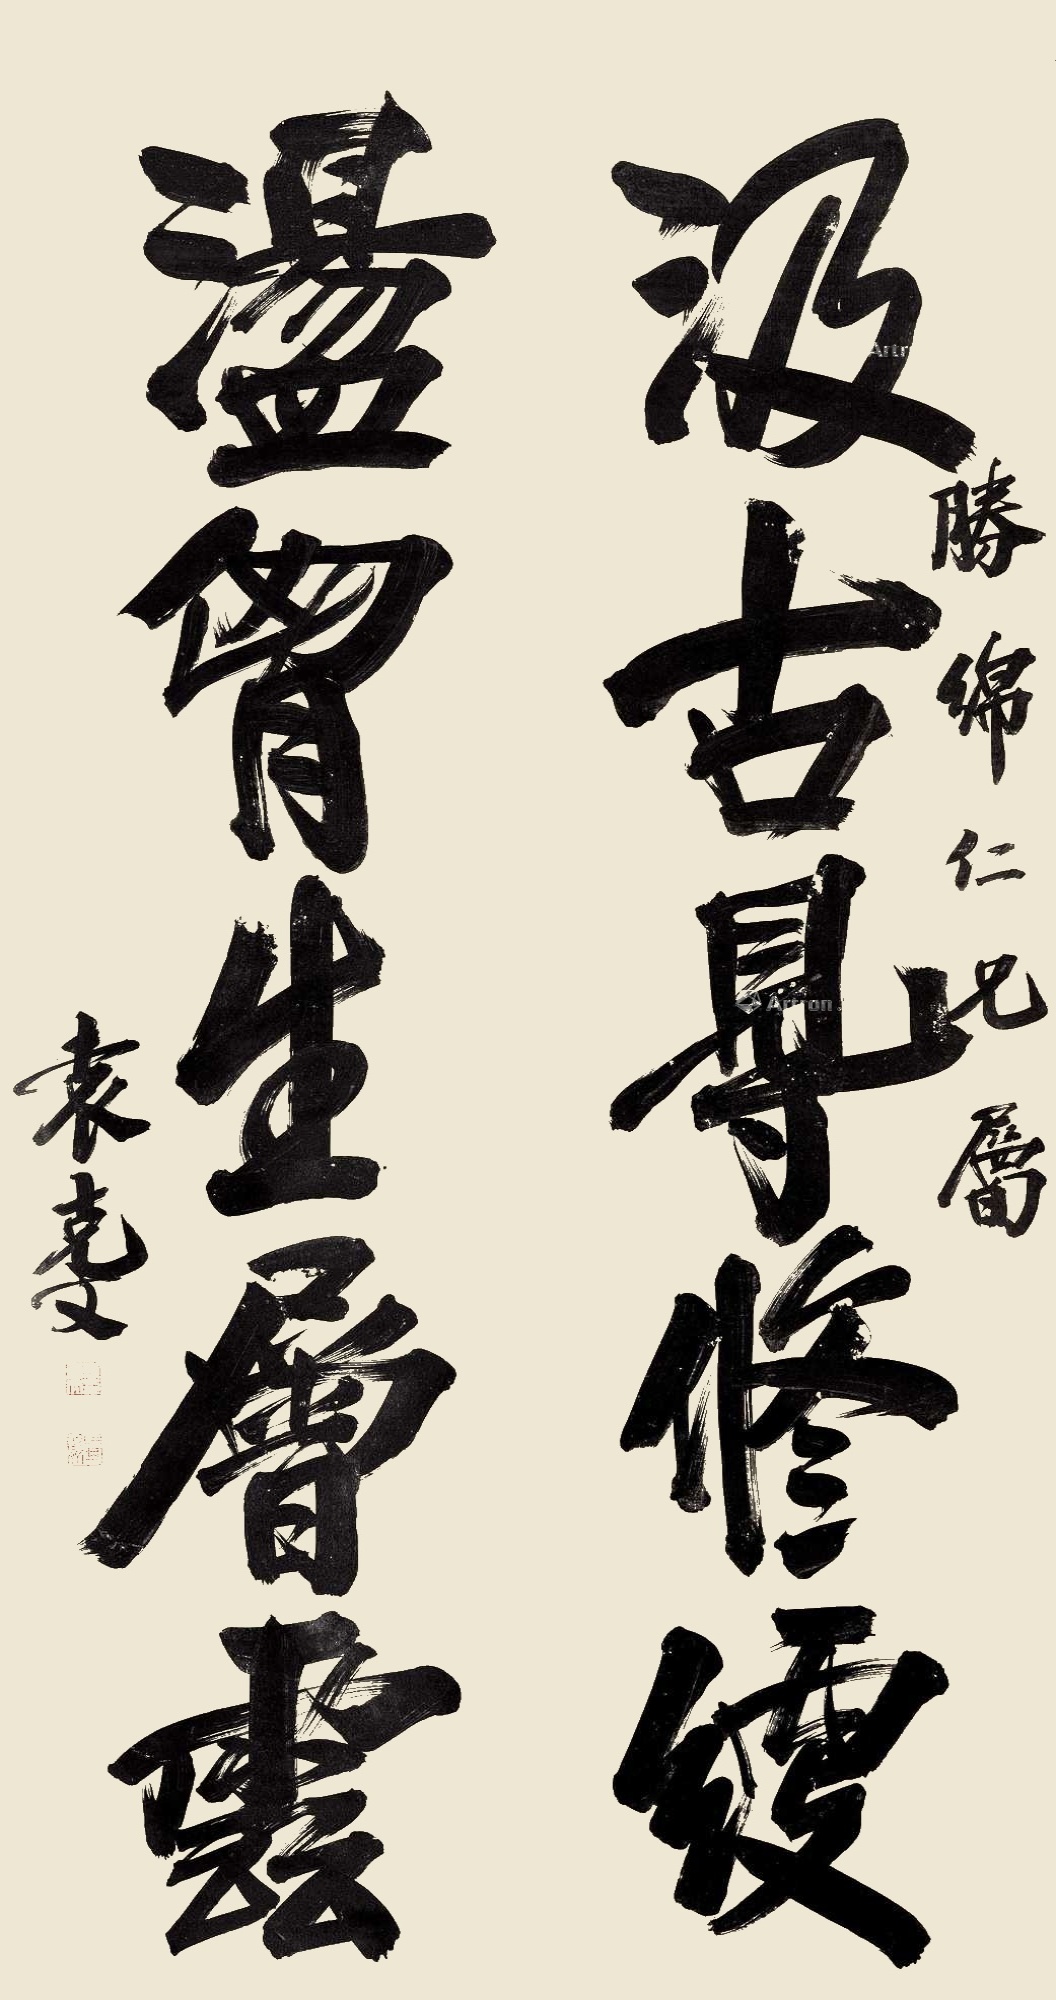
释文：汲古得修绠，胸荡生层云。胜绵仁兄属，袁克文。